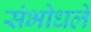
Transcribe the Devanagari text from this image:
संभोधले